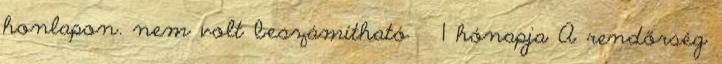
honlapon. nem volt beszámítható 1 hónapja A rendőrség